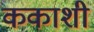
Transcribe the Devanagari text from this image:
ककाशी